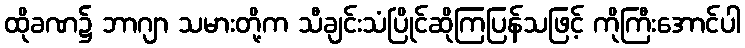
ထိုခဏ၌ ဘာဂျာ သမားတို့က သီချင်းသံပြိုင်ဆိုကြပြန်သဖြင့် ကိုကြီးအောင်ပါ